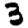
Digit: 3